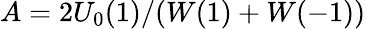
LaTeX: A=2U_{0}(1)/(W(1)+W(-1))